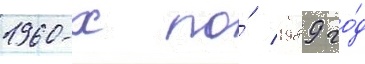
1960-х по́ 1989 го́д